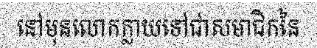
នៅមុនលោកក្លាយទៅជាសមាជិកនៃ